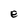
Character: e